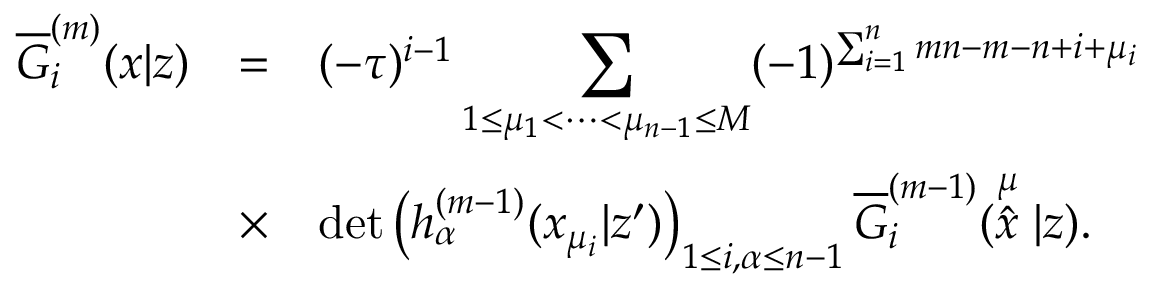
\begin{array} { r c l } { { \overline { { { G } } } _ { i } ^ { ( m ) } ( x | z ) } } & { { = } } & { { ( - \tau ) ^ { i - 1 } \displaystyle \sum _ { 1 \leq \mu _ { 1 } < \cdots < \mu _ { n - 1 } \leq M } ( - 1 ) ^ { \sum _ { i = 1 } ^ { n } m n - m - n + i + \mu _ { i } } } } \\ { { } } & { { \times } } & { { \operatorname * { d e t } \left( h _ { \alpha } ^ { ( m - 1 ) } ( x _ { \mu _ { i } } | z ^ { \prime } ) \right) _ { 1 \leq i , \alpha \leq n - 1 } \overline { { { G } } } _ { i } ^ { ( m - 1 ) } ( \stackrel { \mu } { \hat { x } } | z ) . } } \end{array}